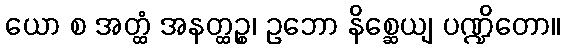
ယော စ အတ္ထံ အနတ္ထဉ္စ၊ ဥဘော နိစ္ဆေယျ ပဏ္ဍိတော။